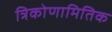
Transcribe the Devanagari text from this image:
त्रिकोणामितिक